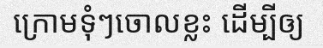
ក្រោមទុំៗចោលខ្លះ ដើម្បីឲ្យ